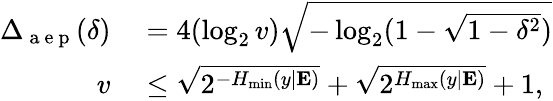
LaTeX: \begin{array}{rl}{\Delta_{\mathrm{~a~e~p~}}(\delta)}&{{}=4(\log_{2}v)\sqrt{-\log_{2}(1-\sqrt{1-\delta^{2}})}}\\ {v}&{{}\leq\sqrt{2^{-H_{\operatorname*{min}}(y|\mathbf{E})}}+\sqrt{2^{H_{\operatorname*{max}}(y|\mathbf{E})}}+1,}\end{array}